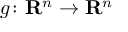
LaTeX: g \colon \mathbf { R } ^ { n } \to \mathbf { R } ^ { n }